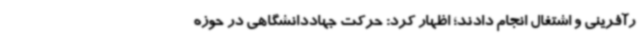
رآفرینی و اشتغال انجام دادند؛ اظهار کرد: حرکت جهاددانشگاهی در حوزه